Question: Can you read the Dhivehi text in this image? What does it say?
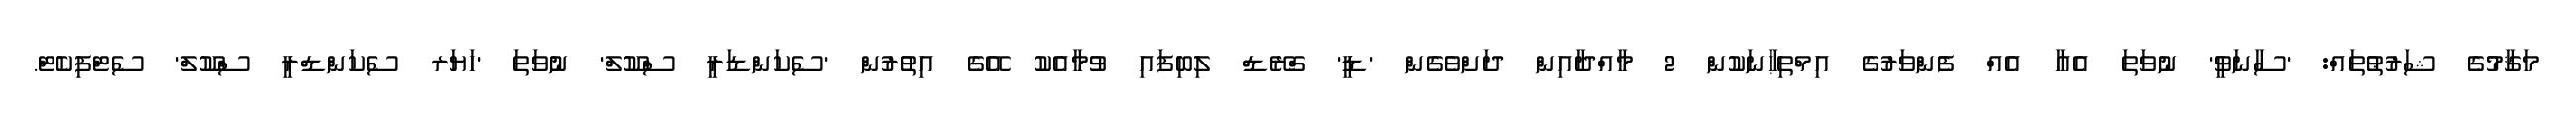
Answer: މަޤާމުގެ ޝަރުޠުތައް: 'ސާނަވީ' ނުވަތަ އެއާ އެއް ފެންވަރުގެ އިމްތިޙާނަކުން 2 މާއްދާއިން ދަށްވެގެން 'ޑީ' ގްރޭޑް ލިބިފައި ވުމާއެކު އޭގެ އިތުރުން 'ސެކަންޑަރީ ސްކޫލް' ނުވަތަ 'ހަޔަރ ސެކަންޑްރީ ސްކޫލް' ސެޓްފިކެޓް.